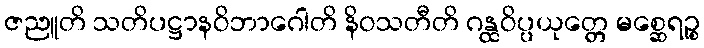
ဇညူတိ သတိပဋ္ဌာနဝိဘာဂေါတိ နိဝသတီတိ ဂန္ထဝိပ္ပယုတ္တေ မစ္ဆေရဉ္စ